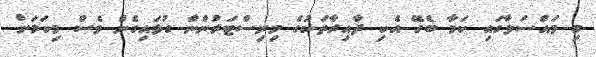
މި މައްސަލާގައި ކަމާ ބެހޭ އެކި ދާއިރާތަކުގެ މިނިސްޓަރުންނާ ގުޅައިގެން ވެސް މިކަމަށް